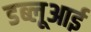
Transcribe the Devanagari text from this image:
डब्लूआई